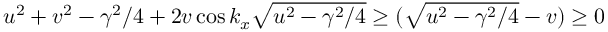
u ^ { 2 } + v ^ { 2 } - \gamma ^ { 2 } / 4 + 2 v \cos k _ { x } \sqrt { u ^ { 2 } - \gamma ^ { 2 } / 4 } \geq ( \sqrt { u ^ { 2 } - \gamma ^ { 2 } / 4 } - v ) \geq 0